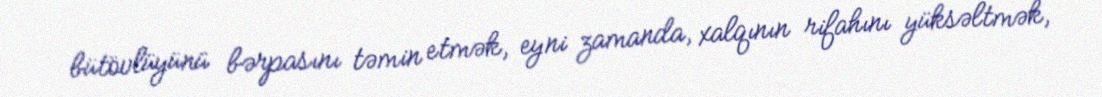
bütövlüyünü bərpasını təmin etmək, eyni zamanda, xalqının rifahını yüksəltmək,